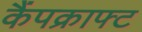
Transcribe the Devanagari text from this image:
कैंपक्राफ्ट